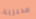
مديرية